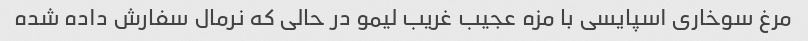
مرغ سوخاری اسپایسی با مزه عجیب غریب لیمو در حالی که نرمال سفارش داده شده